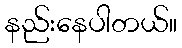
နည်းနေပါတယ်။